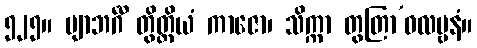
၅၂၅။ ဗျာဘင်္ဂီ တွိတ္ထိယံ ကာဇော၊ သိက္ကာ တွတြာ’ဝလမ္ဗနံ။